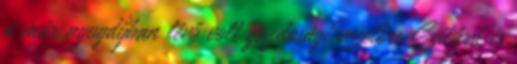
a már nyugdíjban lévő volt gazdasági vezetőre Szilárd és